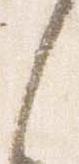
之